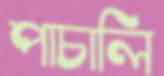
পাচালি